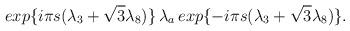
LaTeX: \begin{align*}exp\{{i{\pi}s({\lambda}_3+{\sqrt{3}}{\lambda}_8)}\}\,{\lambda}_a\,exp\{{-i{\pi}s({\lambda}_3+{\sqrt{3}}{\lambda}_8)}\}.\end{align*}